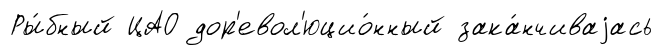
Ры́бный ЦАО дор'евол'юцио́нный зака́нчиваjась